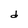
Character: d